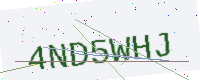
Text: 4ND5WHJ